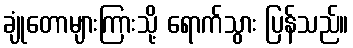
ချုံတောများကြားသို့ ရောက်သွား ပြန်သည်။